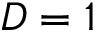
D = 1